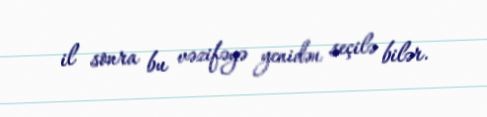
il sonra bu vəzifəyə yenidən seçilə bilər.